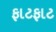
ફાટફાટ